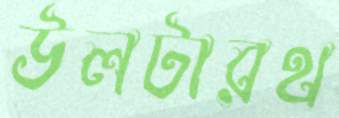
উলটারথ